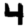
Digit: 4